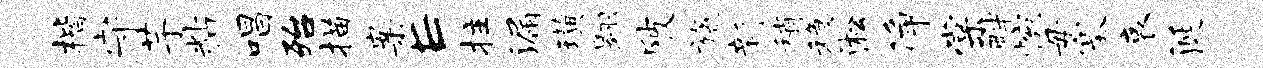
楷守芋粘唱殆描案E拄漏璜翱陂旒新稍稳淞净棠畔惋毋塞哀涎